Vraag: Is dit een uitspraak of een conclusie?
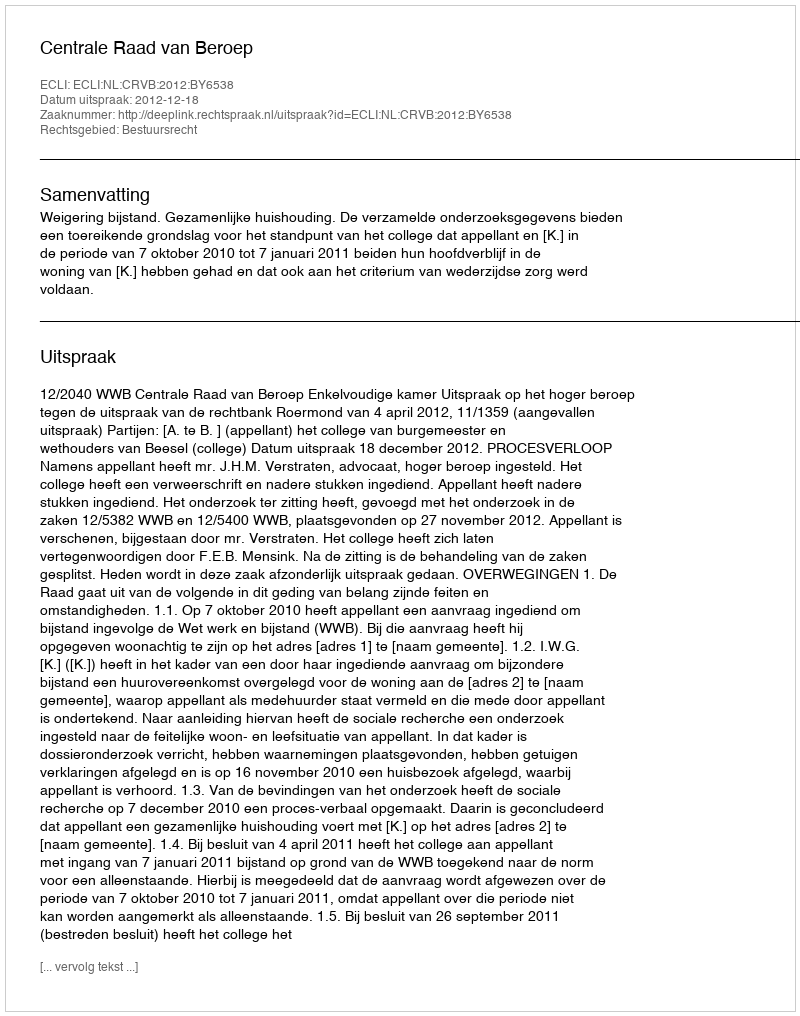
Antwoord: Uitspraak